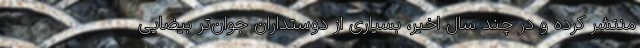
منتشر کرده و در چند سال اخیر، بسیاری از دوستداران جوان‌تر بیضایی